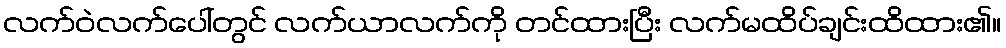
လက်ဝဲလက်ပေါ်တွင် လက်ယာလက်ကို တင်ထားပြီး လက်မထိပ်ချင်းထိထား၏။